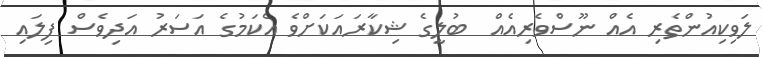
ލަވިކިއުންތެރި އެއް ނޫސްވެރިއެއް  ބުލީގެ ޝިކާރައަކަށްވެ އެކަމުގެ އަސަރު އަދިވެސް ފިލައި